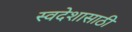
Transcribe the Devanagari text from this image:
स्वदेशासाठी